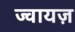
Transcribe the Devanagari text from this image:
ज्वायज़